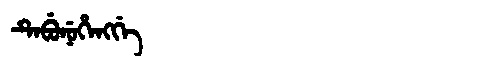
Manchu: ᡨᡝᠪᡠᠨᡠᡥᡝᠩᡤᡝ
Romanization: TEBUNUHENGGE